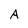
Character: A